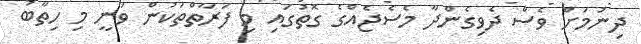
ދިނުމަށް ވެސް ދެވިގެންދާ މެސެޖެއްގެ ގޮތުގައި މި ފަރާތްތަކުން ވަނީ މި ހިތާބު